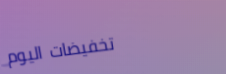
تخفيضات اليوم